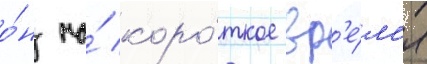
о́н на́ коро́ткое вр'е́м'я